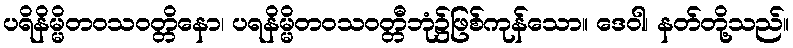
ပရိနိမ္မိတဝသဝတ္တိနော၊ ပရနိမ္မိတဝသဝတ္တီဘုံ၌ဖြစ်ကုန်သော။ ဒေဝါ၊ နတ်တို့သည်။